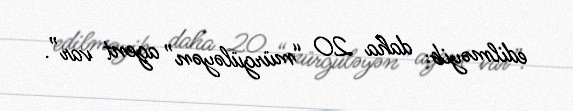
edilməyib: daha 20 “mürgüləyən” agent var”.